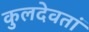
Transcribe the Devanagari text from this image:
कुलदेवतां